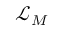
{ \mathcal { L } } _ { M }